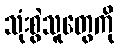
သုံးစွဲသူတွေကို